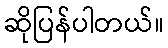
ဆိုပြန်ပါတယ်။